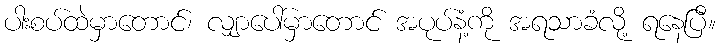
ပါးစပ်ထဲမှာတောင်၊ လျှာပေါ်မှာတောင် အပုပ်နံ့ကို အရသာခံလို့ ရနေပြီ။